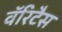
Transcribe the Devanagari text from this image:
वॅरिटैस